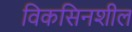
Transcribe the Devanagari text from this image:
विकसिनशील